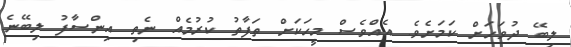
ލިބޭ ދުވަހަށް ކަމަށެވެ. އެއްވެސް މީހަކަށް ތަފާތު ކުރުމެއް ނެތި އިންސާފު ލިބޭނެ